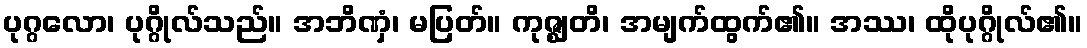
ပုဂ္ဂလော၊ ပုဂ္ဂိုလ်သည်။ အဘိဏှံ၊ မပြတ်။ ကုဇ္ဈတိ၊ အမျက်ထွက်၏။ အဿ၊ ထိုပုဂ္ဂိုလ်၏။